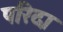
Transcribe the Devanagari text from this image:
परिदा